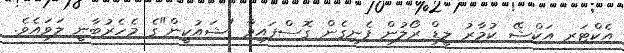
އެކްޓަރ އަކްޝޭ ކުމާރު ލީޑް ރޯލުން ފެނިގެން ގޮސްފައިވާ "ޝައުކީން"ގެ މެހެރުބާނީ ލަވައެވެ.